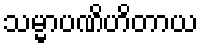
သမ္မာပဏိဟိတာယ